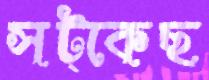
সট্‌কেছ